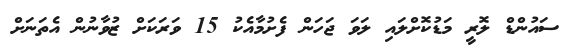
ސައުންޑް ލޮރީ މަޑުކޮށްލައި ލަވަ ޖަހަން ފެށުމާއެކު 15 ވަރަކަށް ޒުވާނުން އެތަނަށް